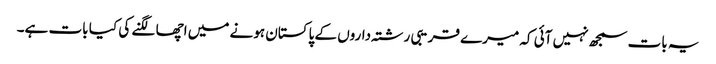
یہ بات سمجھ نہیں آئی کہ میرے قریبی رشتہ‌داروں کے پاکستان ہونے میں اچھا لگنے کی کیا بات ہے۔